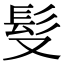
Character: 䯭